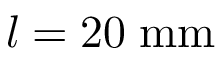
l = 2 0 \; \mathrm { m m }